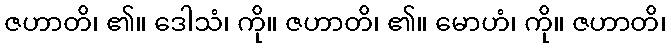
ဇဟာတိ၊ ၏။ ဒေါသံ၊ ကို။ ဇဟာတိ၊ ၏။ မောဟံ၊ ကို။ ဇဟာတိ၊